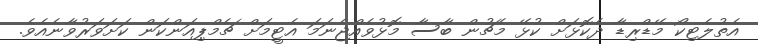
އެތުލެޓިކޯ މޭޑްރިޑާ ދެކޮޅަށް ކުޅޭ މެޗުން ބާސާ މޮޅުވެއްޖެނަމަ އެޓީމަށް ޗެމްޕިއަންކަން ކަށަވަރުވާނެއެވެ.